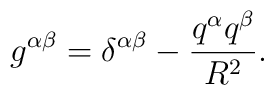
g^{\alpha\beta} = \delta^{\alpha\beta} - \frac {q^\alpha q^\beta}{R^2}.